Civil Veterinary Dept. Bombay admin report 1914-1922 - 1914-1922
Year: 1914
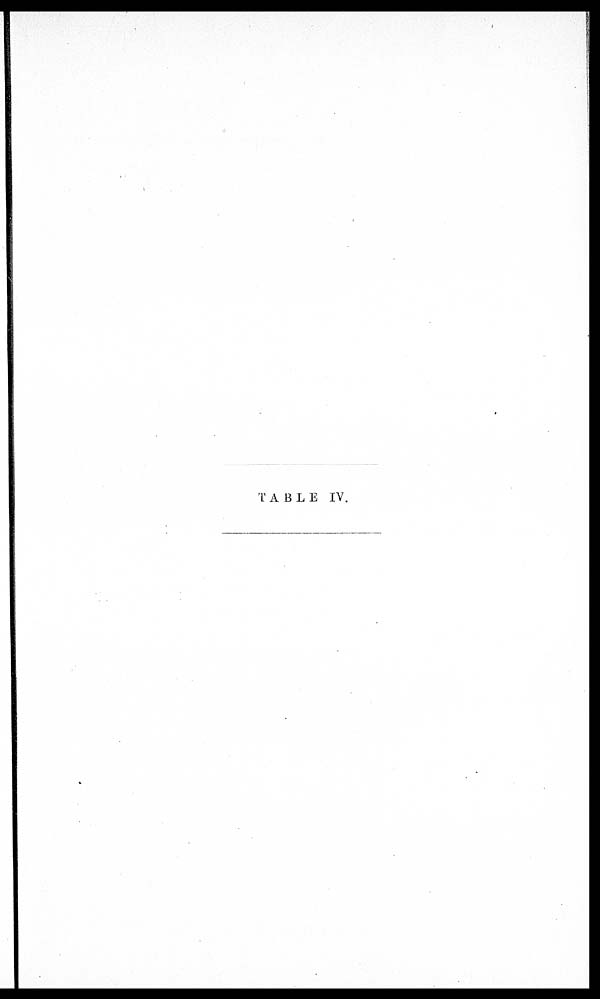
TABLE IV.